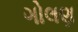
ગોલણ